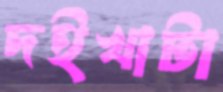
দইখাটা